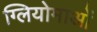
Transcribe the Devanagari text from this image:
ग्लियोमाओं